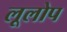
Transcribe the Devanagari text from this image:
लूलोप